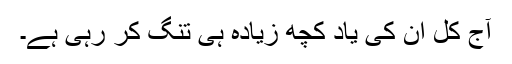
آج کل ان کی یاد کچھ زیادہ ہی تنگ کر رہی ہے۔